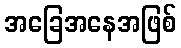
အခြေအနေအဖြစ်